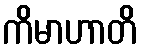
ကိမာဟာတိ